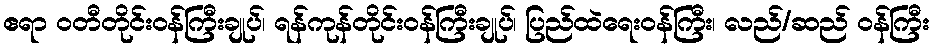
ဧရာ ဝတီတိုင်းဝန်ကြီးချုပ်၊ ရန်ကုန်တိုင်းဝန်ကြီးချုပ်၊ ပြည်ထဲရေးဝန်ကြီး၊ လည်/ဆည် ဝန်ကြီး